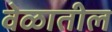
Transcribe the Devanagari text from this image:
वेळातील